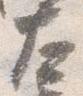
左